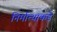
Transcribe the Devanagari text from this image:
निर्मात्याकडे